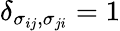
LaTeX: \delta_{\sigma_{ij},\sigma_{ji}}=1